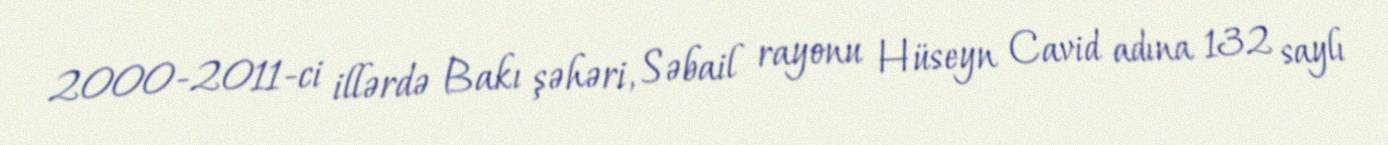
2000-2011-ci illərdə Bakı şəhəri, Səbail rayonu Hüseyn Cavid adına 132 saylı